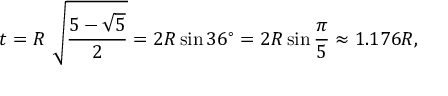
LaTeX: t = R \ { \sqrt { \frac { 5 - { \sqrt { 5 } } } { 2 } } } = 2 R \sin 3 6 ^ { \circ } = 2 R \sin { \frac { \pi } { 5 } } \approx 1 . 1 7 6 R ,